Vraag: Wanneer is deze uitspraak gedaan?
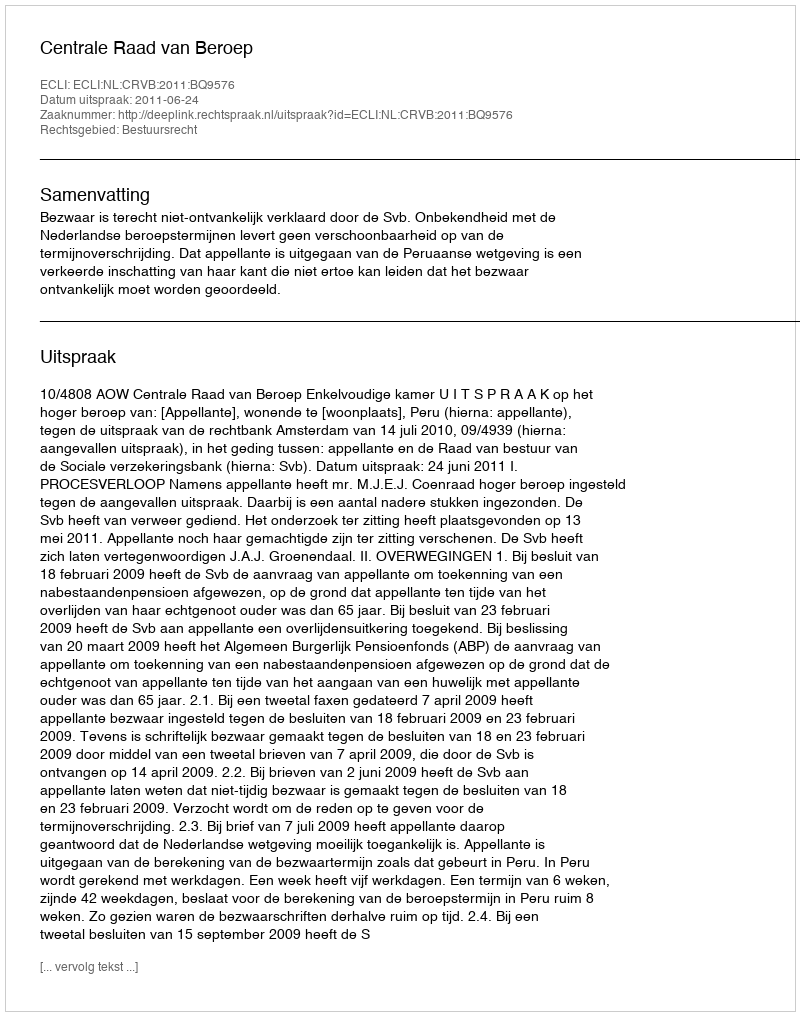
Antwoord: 2011-06-24